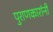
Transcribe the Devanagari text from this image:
पुराणकारांनी